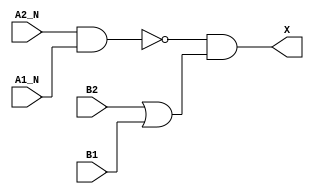
/*
 * Copyright 2020 The SkyWater PDK Authors
 *
 * Licensed under the Apache License, Version 2.0 (the "License");
 * you may not use this file except in compliance with the License.
 * You may obtain a copy of the License at
 *
 *     https://www.apache.org/licenses/LICENSE-2.0
 *
 * Unless required by applicable law or agreed to in writing, software
 * distributed under the License is distributed on an "AS IS" BASIS,
 * WITHOUT WARRANTIES OR CONDITIONS OF ANY KIND, either express or implied.
 * See the License for the specific language governing permissions and
 * limitations under the License.
 *
 * SPDX-License-Identifier: Apache-2.0
*/


`ifndef SKY130_FD_SC_HDLL__O2BB2A_FUNCTIONAL_V
`define SKY130_FD_SC_HDLL__O2BB2A_FUNCTIONAL_V

/**
 * o2bb2a: 2-input NAND and 2-input OR into 2-input AND.
 *
 *         X = (!(A1 & A2) & (B1 | B2))
 *
 * Verilog simulation functional model.
 */

`timescale 1ns / 1ps
`default_nettype none

`celldefine
module sky130_fd_sc_hdll__o2bb2a (
    X   ,
    A1_N,
    A2_N,
    B1  ,
    B2
);

    // Module ports
    output X   ;
    input  A1_N;
    input  A2_N;
    input  B1  ;
    input  B2  ;

    // Local signals
    wire nand0_out ;
    wire or0_out   ;
    wire and0_out_X;

    //   Name   Output      Other arguments
    nand nand0 (nand0_out , A2_N, A1_N        );
    or   or0   (or0_out   , B2, B1            );
    and  and0  (and0_out_X, nand0_out, or0_out);
    buf  buf0  (X         , and0_out_X        );

endmodule
`endcelldefine

`default_nettype wire
`endif  // SKY130_FD_SC_HDLL__O2BB2A_FUNCTIONAL_V